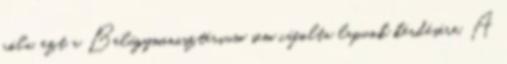
róla, ezt a Belügyminisztérium sem cáfolta lapunk kérdésére. A